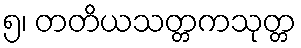
၅၊ တတိယသတ္တကသုတ္တ